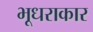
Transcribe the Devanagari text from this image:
भूधराकार